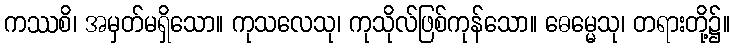
ကဿစိ၊ အမှတ်မရှိသော။ ကုသလေသု၊ ကုသိုလ်ဖြစ်ကုန်သော။ ဓေမ္မေသု၊ တရားတို့၌။